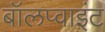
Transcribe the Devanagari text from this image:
बॉलप्वाइंट